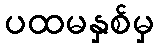
ပထမနှစ်မှ